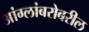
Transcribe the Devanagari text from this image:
आंग्लांबरोबरील